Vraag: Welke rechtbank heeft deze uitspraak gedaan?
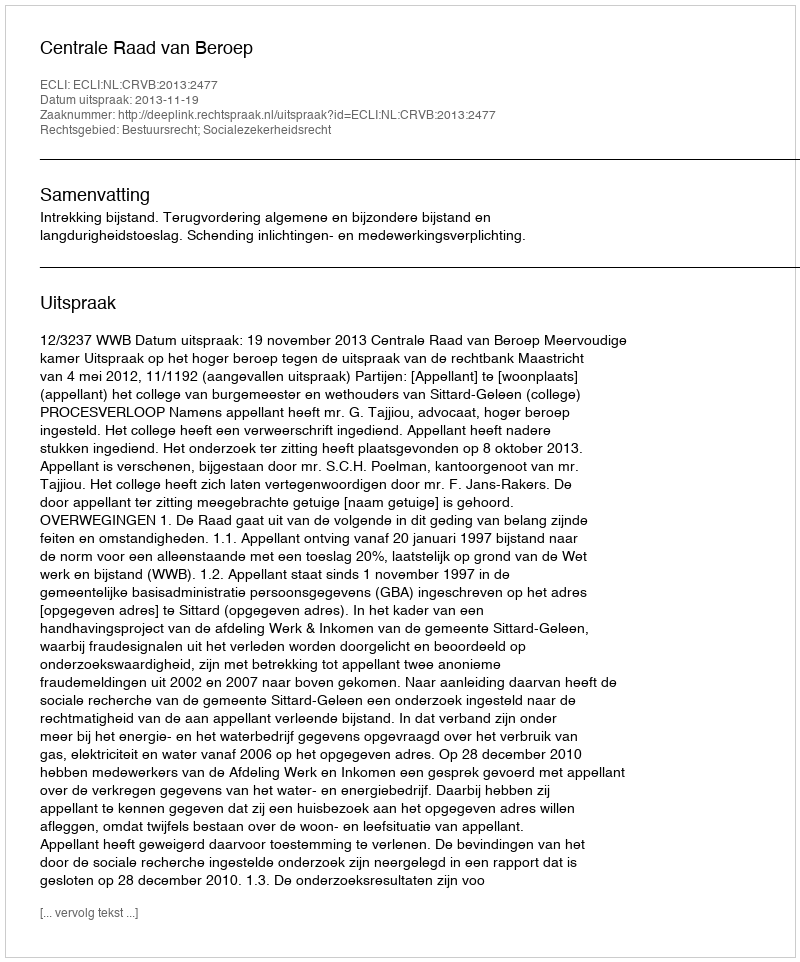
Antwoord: Centrale Raad van Beroep